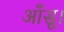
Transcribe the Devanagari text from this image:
आँसू।